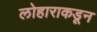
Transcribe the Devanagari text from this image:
लोहाराकडून